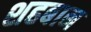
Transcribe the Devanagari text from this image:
शहबान